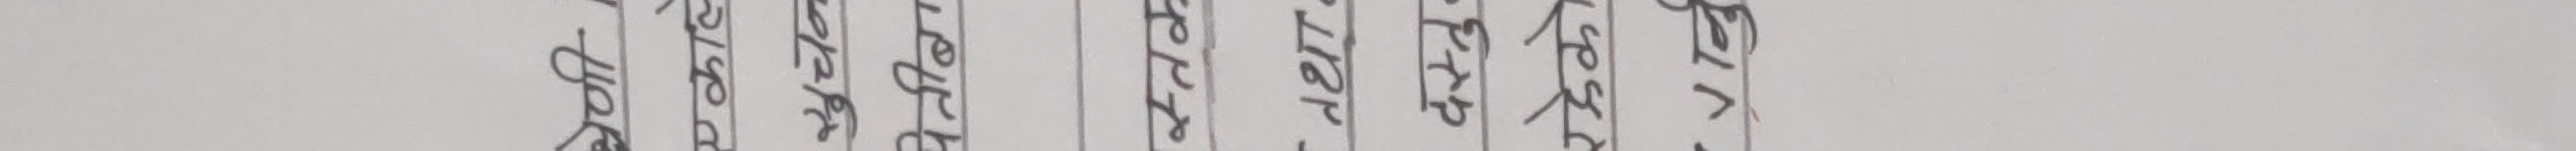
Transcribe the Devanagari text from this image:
१. रातो र सेतो
२. हरियो र पहेंलो
३. निलो र खरानी